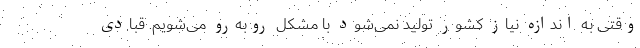
وقتی به اندازه نیاز کشور تولید نمی‌شود با مشکل روبه‌رو می‌شویم. قبادی